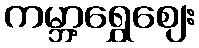
ကမ္ဘာ့ရွှေဈေး